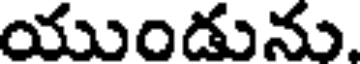
యుండును.